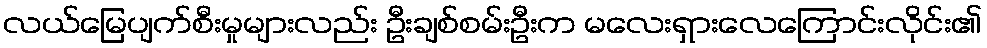
လယ်မြေပျက်စီးမှုများလည်း ဦးချစ်စမ်းဦးက မလေးရှားလေကြောင်းလိုင်း၏